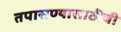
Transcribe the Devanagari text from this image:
तपासण्यासाठीची